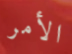
الأمر